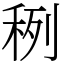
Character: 䅀